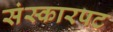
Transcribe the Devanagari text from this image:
संस्कारपट